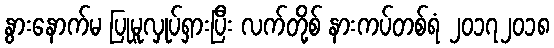
နွားနောက်မ ပြုမူလှုပ်ရှားပြီး လက်တို့စ် နားကပ်တစ်ရံ ၂၀၁၇၂၀၁၈